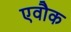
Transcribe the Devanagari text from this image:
एवौक